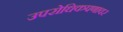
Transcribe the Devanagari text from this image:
उपरोधिकपणावर